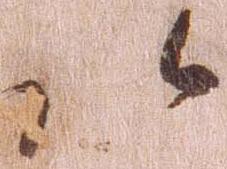
以